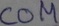
Text: COM